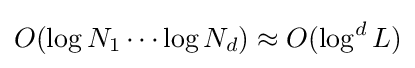
O(\log N_{1}\cdots \log N_{d})\approx O(\log ^{d}L)